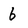
Character: 6